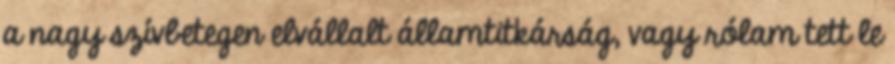
a nagy szívbetegen elvállalt államtitkárság, vagy ró­lam tett le